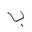
Letter: _ba